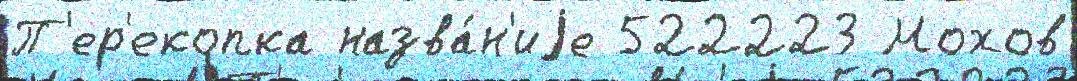
П'ер'екопка назва́н'иjе 522223 Мохов